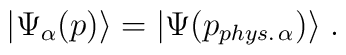
|\Psi_\alpha(p) \rangle = |\Psi(p_{phys. \, \alpha}) \rangle \; .